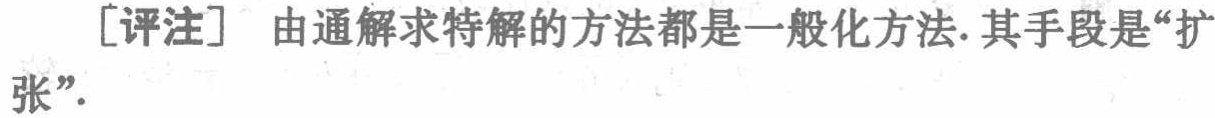
[评注] 由通解求特解的方法都是一般化方法.其手段是“扩张”.